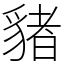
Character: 𧳯